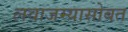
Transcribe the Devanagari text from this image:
लवाजम्यासोबत